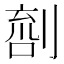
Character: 𠞌